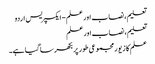
تعلیم، نصاب اور علم - ایکسپریس اردو
تعلیم، نصاب اور علم
علم کا زیور مجموعی طور پر بکھرسا گیا ہے۔